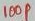
Text: 100p